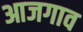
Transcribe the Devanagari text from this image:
आजगाव